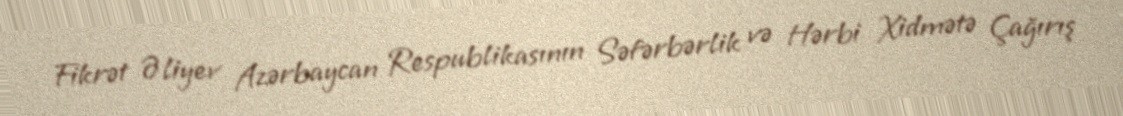
Fikrət Əliyev Azərbaycan Respublikasının Səfərbərlik və Hərbi Xidmətə Çağırış